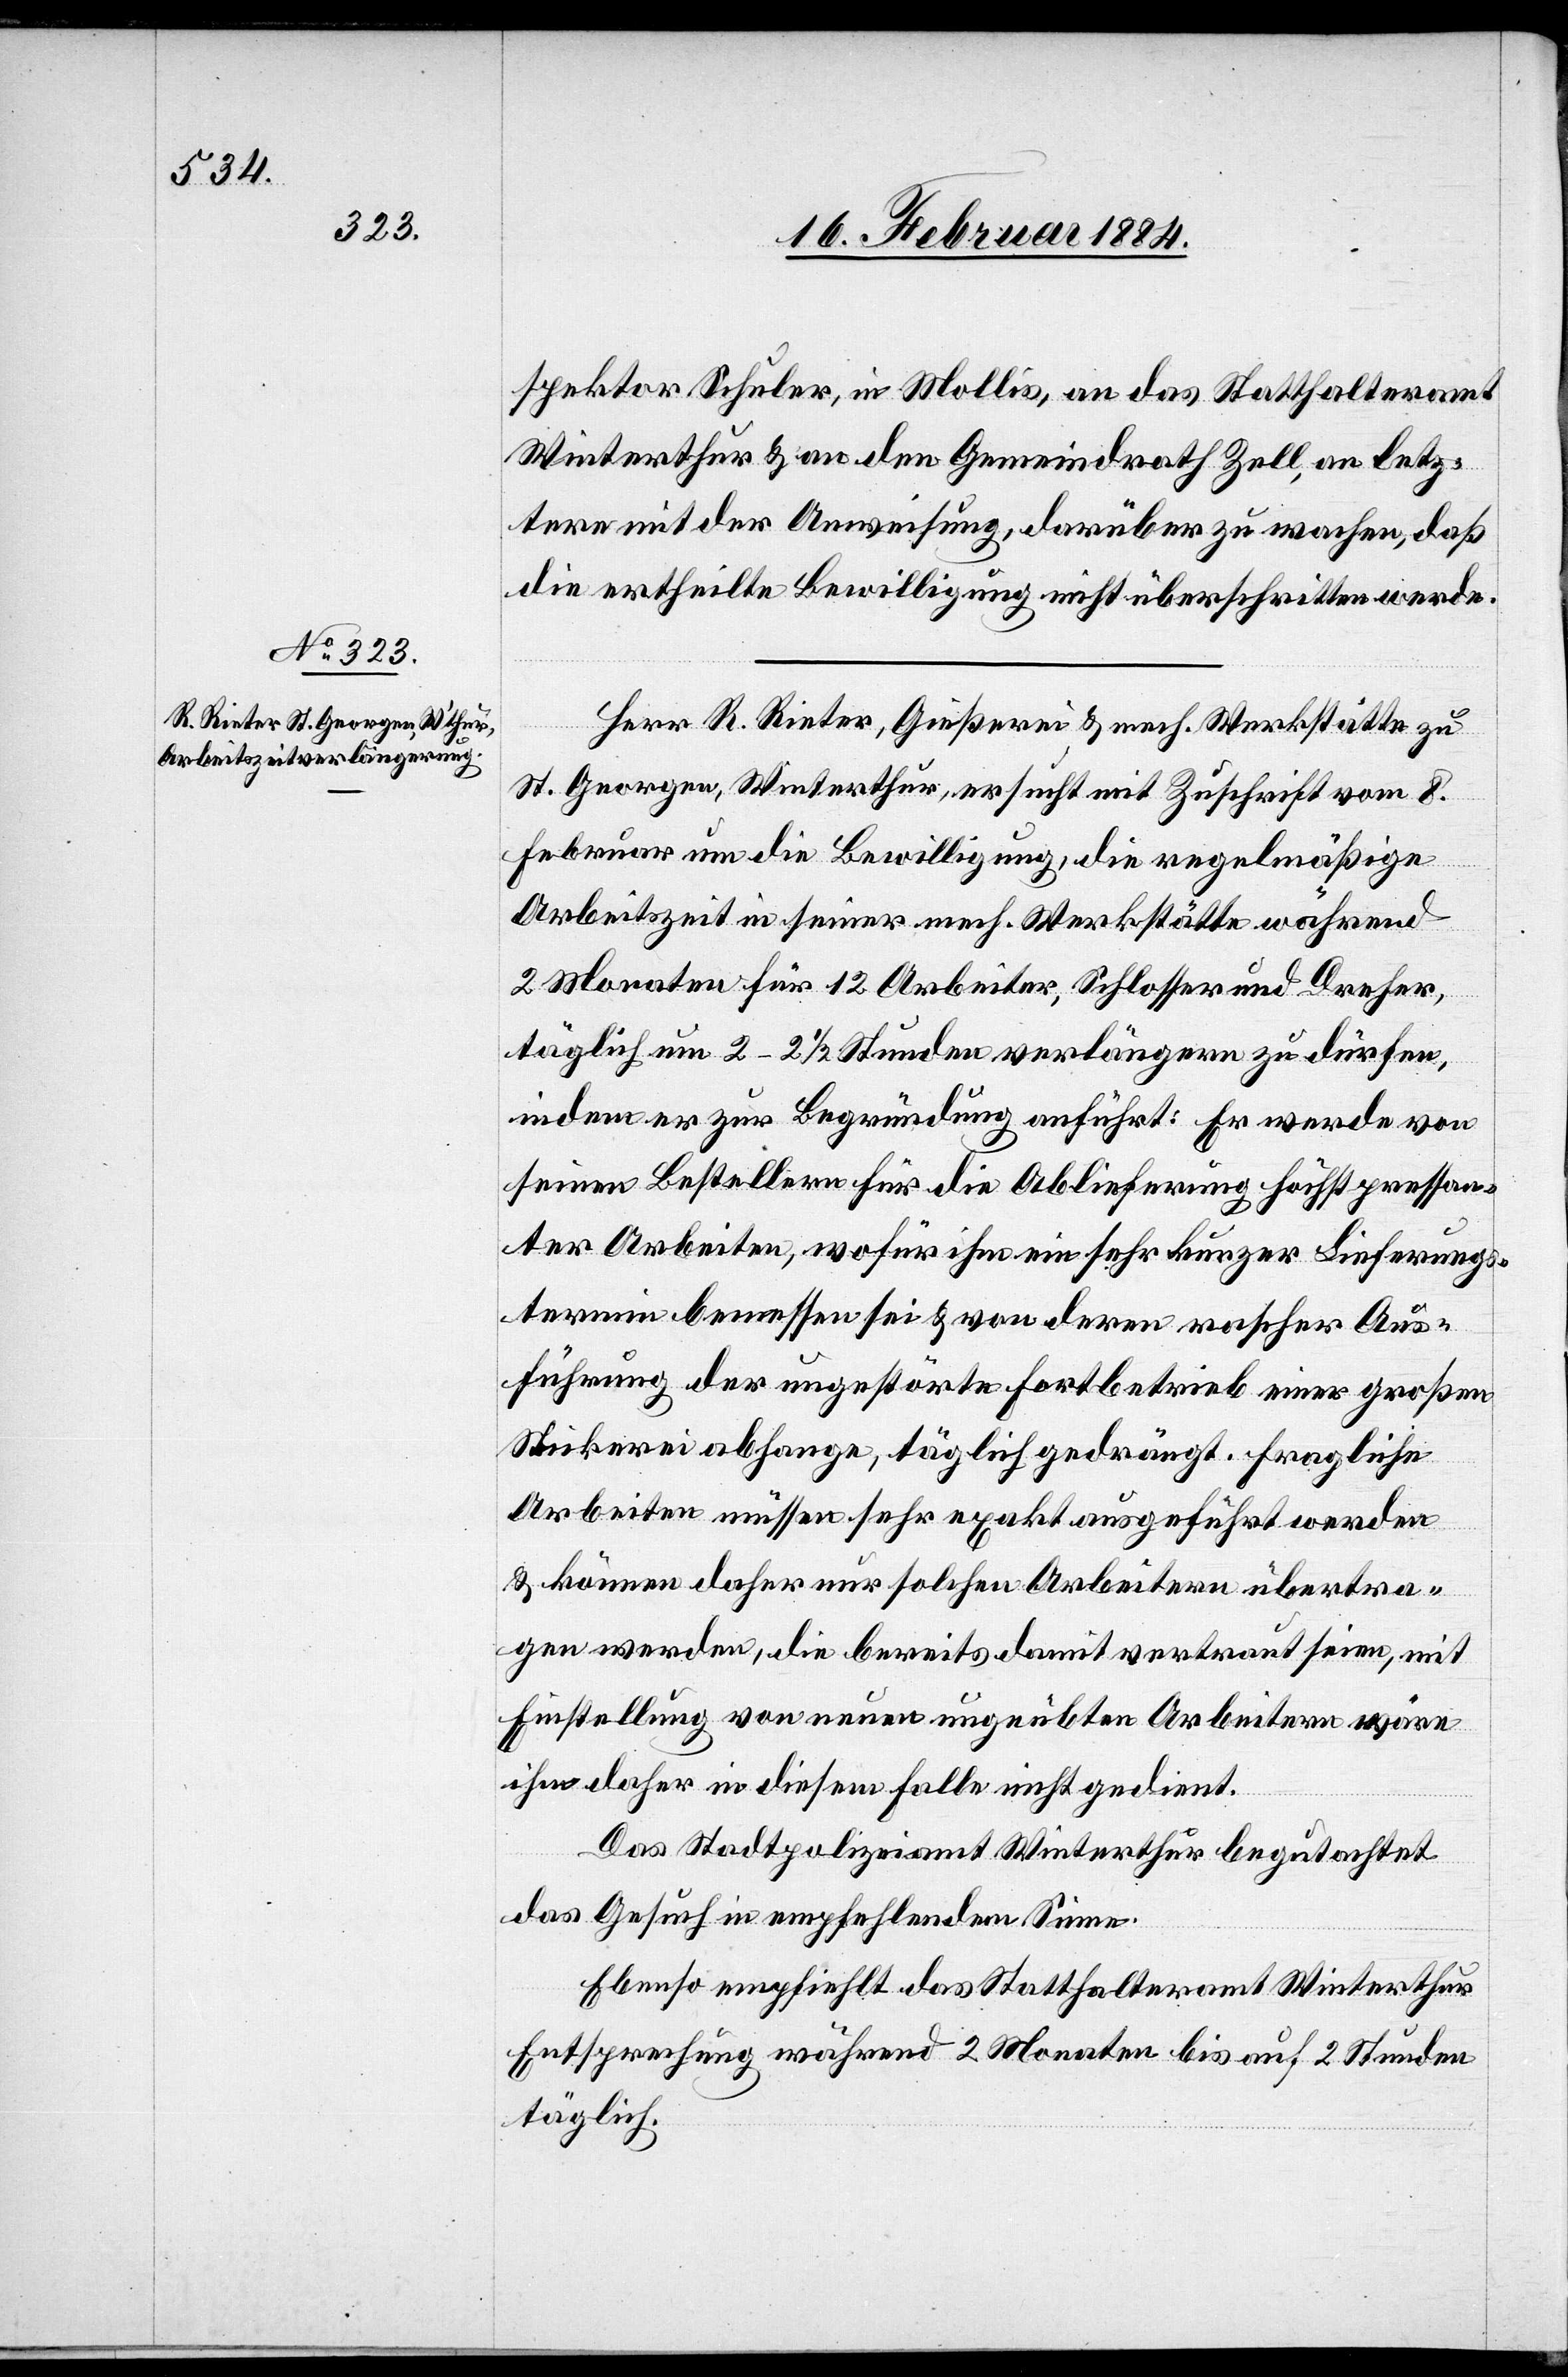
spektor Schuler, in Mollis, an das Statthalteramt
Winterthur & an den Gemeindrath Zell, an letz¬
tern mit der Anweisung, darüber zu wachen, daß
die ertheilte Bewilligung nicht überschritten werde.
Herr R. Rieter, Gießerei & Mech. Werkstätte zu
St. Georgen, Winterthur, ersucht mit Zuschrift vom 8.
Februar um die Bewilligung, die regelmäßige
Arbeitszeit in seiner mech. Werkstätte während
2 Monaten für 12 Arbeiter, Schlosser und Dreher,
täglich um 2–2 1/2 Stunden verlängern zu dürfen,
indem er zur Begründung anführt: Er werde von
seinen Bestellern für die Ablieferung höchst pressan¬
ter Arbeiten, wofür ihm ein sehr kurzer Lieferungs¬
termin bemessen sei & von deren rascher Aus¬
führung der ungestörte Fortbetrieb einer großen
Stickerei abhänge, täglich gedrängt. Fragliche
Arbeiten müssen sehr exakt ausgeführt werden
& können daher nur solchen Arbeitern übertra¬
gen werden, die bereits damit vertraut seien, mit
Einstellung von neuen ungeübten Arbeitern wäre
ihm daher in diesem Falle nicht gedient.
Das Stadtpolizeiamt Winterthur begutachtet
das Gesuch in empfehlendem Sinne.
Ebenso empfiehlt das Statthalteramt Winterthur
Entsprechung während 2 Monaten bis auf 2 Stunden
täglich.